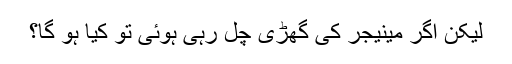
لیکن اگر مینیجر کی گھڑی چل رہی ہوئی تو کیا ہو گا؟